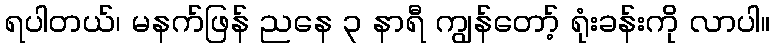
ရပါတယ်၊ မနက်ဖြန် ညနေ ၃ နာရီ ကျွန်တော့် ရုံးခန်းကို လာပါ။